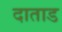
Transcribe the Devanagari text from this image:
दाताड